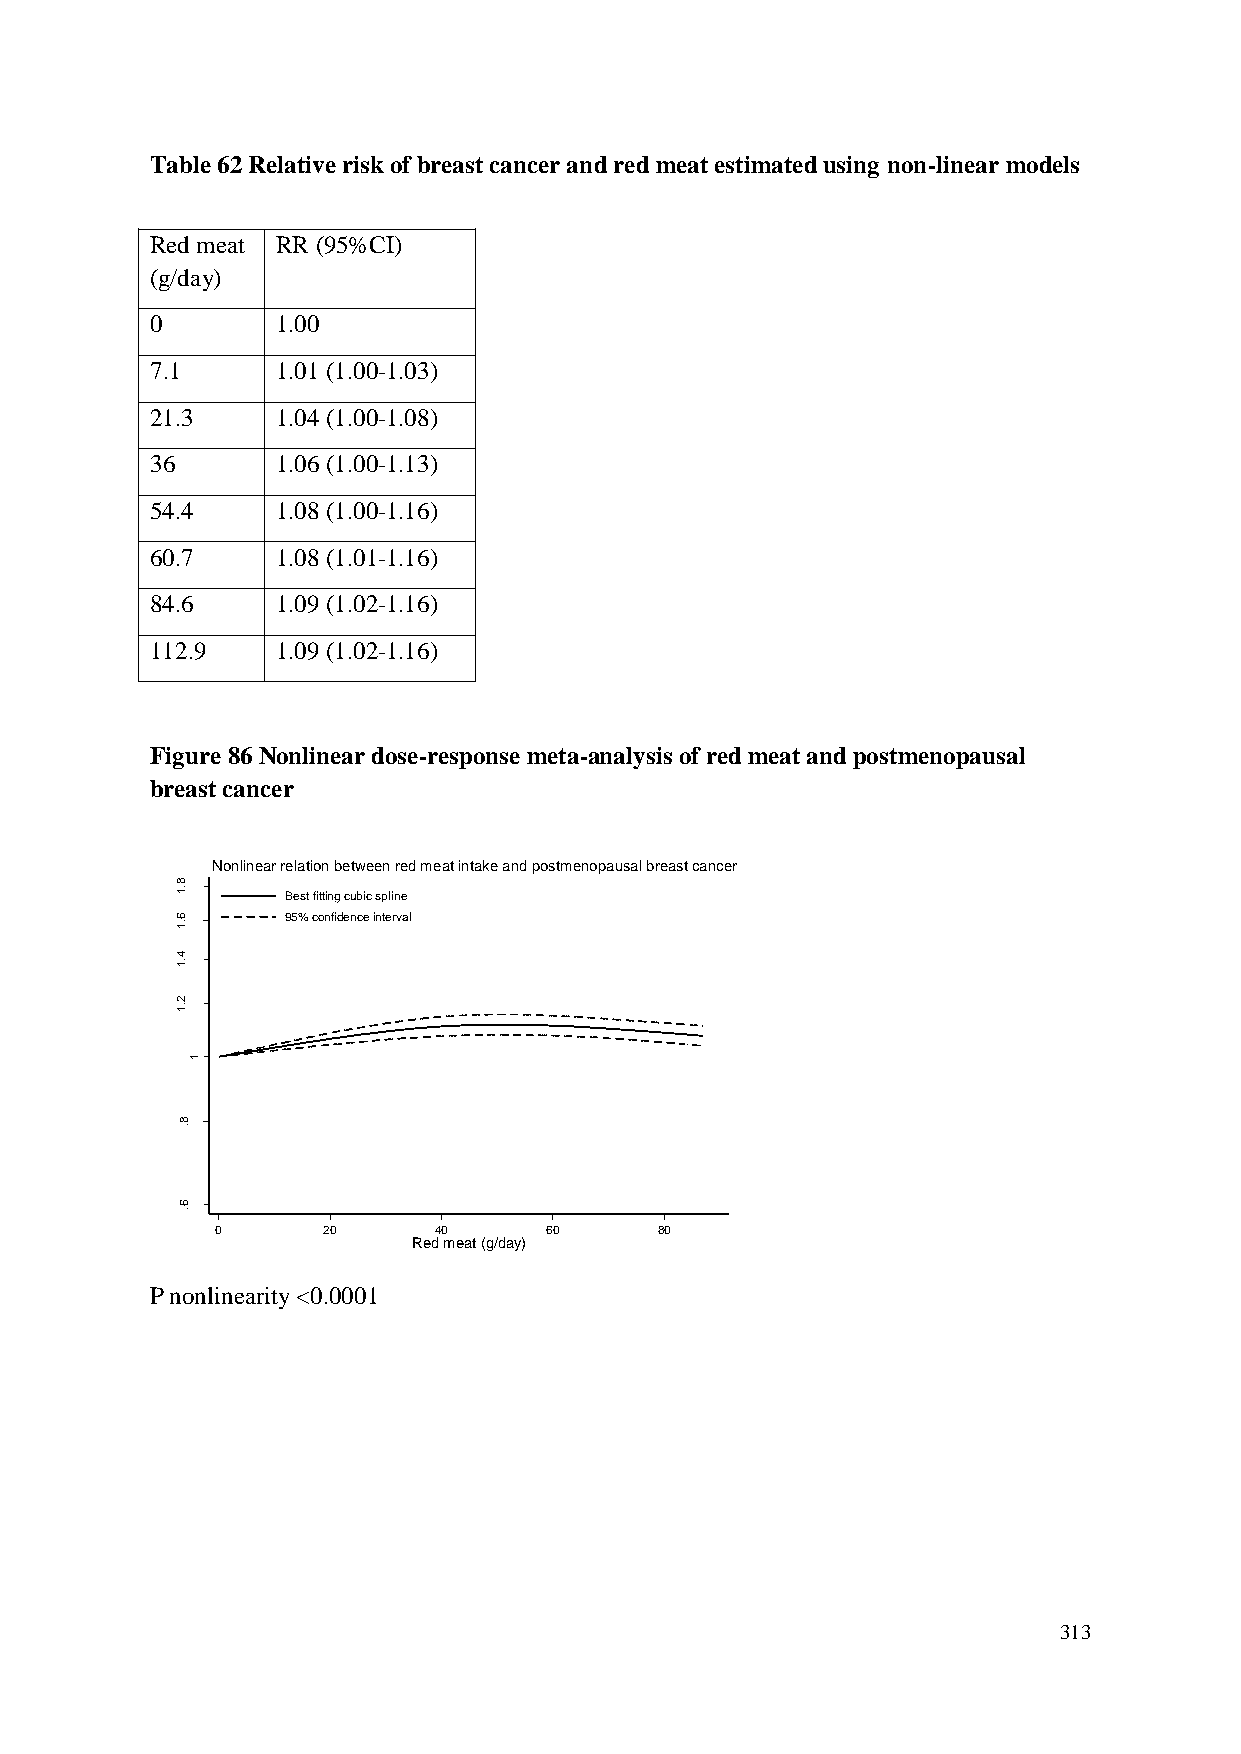
Table 62 Relative risk of breast cancer and red meat estimated using non-linear models
 Red meat RR (95%CI)
 (g/day)
 0       1.00
 7.1     1.01 (1.00-1.03)
 21.3    1.04 (1.00-1.08)
 36      1.06 (1.00-1.13)
 54.4    1.08 (1.00-1.16)
 60.7    1.08 (1.01-1.16)
 84.6    1.09 (1.02-1.16)
 112.9   1.09 (1.02-1.16)
 Figure 86 Nonlinear dose-response meta-analysis of red meat and postmenopausal
 breast cancer
 Nonlinear relation between red meat intake and postmenopausal breast cancer
 8
 .1
 Best fitting cubic spline
 6      95% confidence interval
 .1
 4
 .1
 R
 R
 2 .1
 d
 e
 ta
 m       1
 its
 E
 8
 .
 6
 .
 0      20      40     60      80
 Red meat (g/day)
 P nonlinearity <0.0001
 313